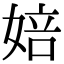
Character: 婄